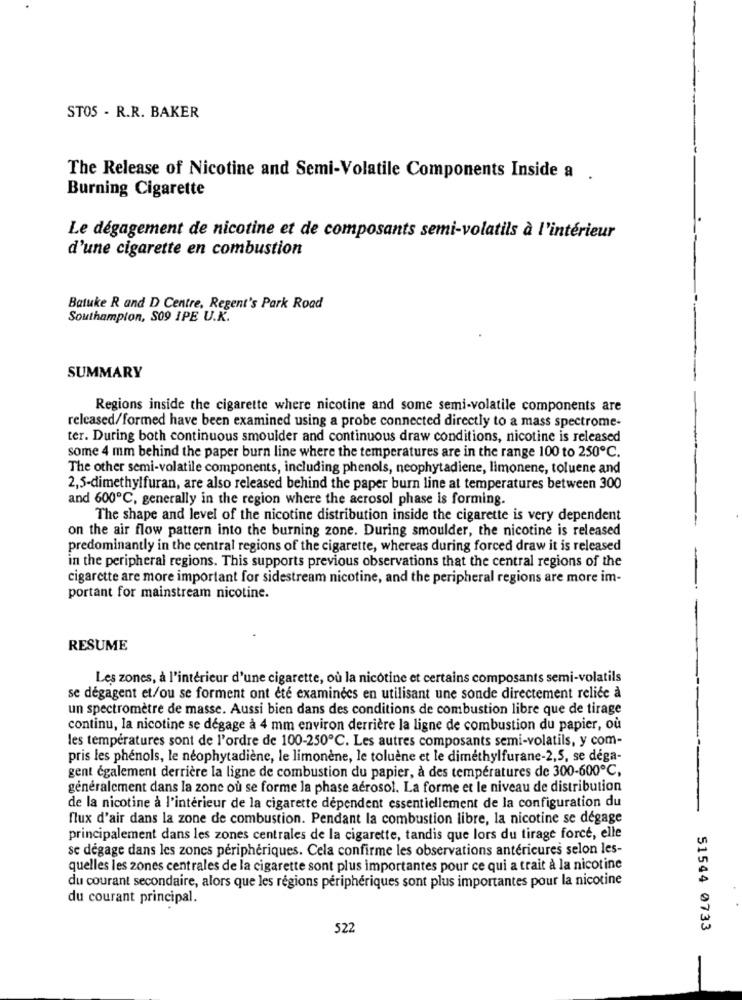
STO5 - R.R. BAKER
The Release of Nicotine and Semi-Volatile Components Inside a .
Burning Cigarette
Le dégagement de nicotine et de composants semi-volatils à l'intérieur
d'une cigarette en combustion
Batuke R and D Centre, Regent's Park Road
Southampton, S09 IPE U.K.
SUMMARY
Regions inside the cigarette where nicotine and some semi-volatile components are
released/formed have been examined using a probe connected directly to a mass spectrome-
ter. During both continuous smoulder and continuous draw conditions, nicotine is released
some 4 mm behind the paper burn line where the temperatures are in the range 100 to 250℃.
The other semi-volatile components, including phenols, neophytadiene, limonene, toluene and
2,5-dimethylfuran, are also released behind the paper burn line at temperatures between 300
and 600℃, generally in the region where the aerosol phase is forming.
The shape and level of the nicotine distribution inside the cigarette is very dependent
on the air flow pattern into the burning zone. During smoulder, the nicotine is released
predominantly in the central regions of the cigarette, whereas during forced draw it is released
in the peripheral regions. This supports previous observations that the central regions of the
-
cigarette are more important for sidestream nicotine, and the peripheral regions are more im-
portant for mainstream nicotine.
RESUME
Les zones, à l'intérieur d'une cigarette, où la nicotine et certains composants semi-volatils
se dégagent et/ou se forment ont été examinées en utilisant une sonde directement reliée à
un spectromètre de masse. Aussi bien dans des conditions de combustion libre que de tirage
continu, la nicotine se dégage à 4 mm environ derrière la ligne de combustion du papier, où
les températures sont de l'ordre de 100-250℃. Les autres composants semi-volatils, y com-
pris les phénols, le néophytadiène, le limonène, le toluène et le dimethylfurane-2,5, se déga-
gent également derrière la ligne de combustion du papier, à des températures de 300-600℃,
généralement dans la zone où se forme la phase aérosol. La forme et le niveau de distribution
de la nicotine à l'intérieur de la cigarette dépendent essentiellement de la configuration du
flux d'air dans la zone de combustion. Pendant la combustion libre, la nicotine se dégage
principalement dans les zones centrales de la cigarette, tandis que lors du tirage forcé, elle
se dégage dans les zones périphériques. Cela confirme les observations antérieures selon les-
quelles les zones centrales de la cigarette sont plus importantes pour ce qui a trait à la nicotine
du courant secondaire, alors que les régions périphériques sont plus importantes pour la nicotine
du courant principal.
522
51544 0733